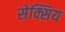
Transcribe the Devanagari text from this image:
सेक्सिय